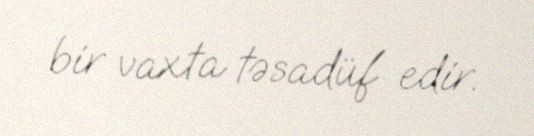
bir vaxta təsadüf edir.